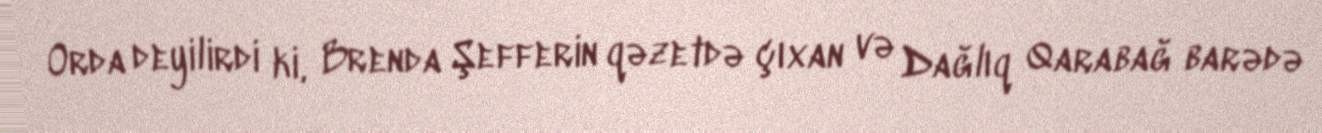
Orda deyilirdi ki, Brenda Şefferin qəzetdə çıxan və Dağlıq Qarabağ barədə